system: You are a helpful assistant.
user:
Analyze the provided spectrum to determine if it is a **"Cataclysmic Variables (CV)"**.

- **Key Indicators for CV (Check for either state):**
    - **State 1: Quiescent / Low-State (Emission-Dominated)**
        - **(Primary):** Strong and *very broad* Hydrogen Balmer emission lines (e.g., $H\alpha$ at 6563 Å, $H\beta$ at 4861 Å). The 'broadness' (high velocity dispersion, often FWHM > 1000 km/s) is the key diagnostic, indicating a high-velocity accretion disk.
        - **(Secondary):** Broad neutral Helium (He I) emission lines (e.g., 5876 Å, 6678 Å).
        - **(Key Confirmation):** Presence of high-excitation *ionized* Helium (He II) emission at 4686 Å. This is a strong indicator of accretion onto a white dwarf.
        - **(Line Profile):** Emission lines may exhibit a 'double-peaked' profile, which is a classic signature of a rotating accretion disk viewed at high inclination.

    - **State 2: Outburst / High-State (Absorption-Dominated)**
        - **(Primary):** Spectrum is dominated by a bright, blue continuum (looks like a hot star).
        - **(Secondary):** The emission lines from State 1 are weak, absent, or 'filled in', and are replaced by broad, shallow *absorption* lines (primarily Balmer and He I).
        - **(Morphology):** The overall spectrum mimics a hot B/A-type star. The crucial difference is that the absorption lines are significantly broader, shallower, and more 'washed-out' (or 'smeared') than the sharp lines of a normal stellar photosphere, due to high rotational speeds and pressure broadening in the disk.

Think first, call **spectral_visualization_tool** if needed to examine features in detail, then provide your final answer. Your response must adhere to the following strict rules:
1.  **Overall Structure:** Your response must follow the format `<think>...</think> <tool_call>...</tool_call> (if a tool is used) <answer>...</answer>`.
2.  **Tool Usage Constraint:** You may only make **one** tool call per turn.
3.  **Final Answer Format:** In the `<answer>` tag, your conclusion must be inside a `\boxed{}` command (e.g., `\boxed{YES}`), followed by your justification.

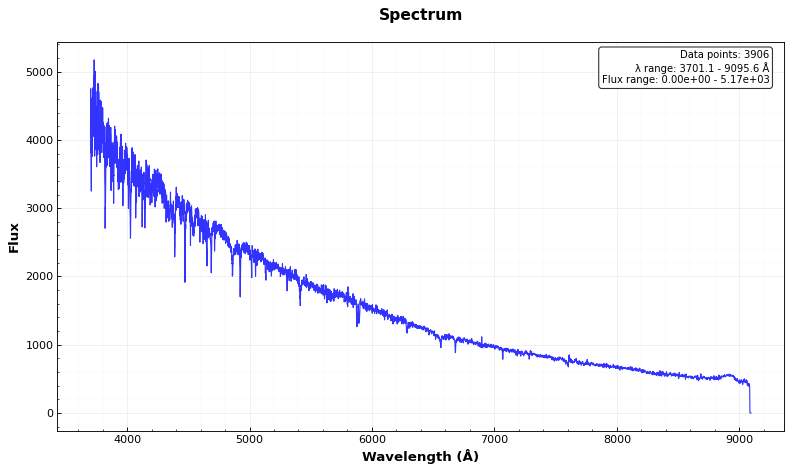
Answer: NO